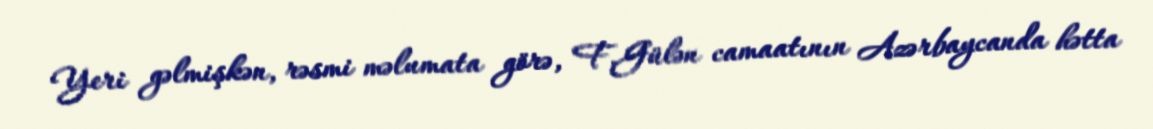
Yeri gəlmişkən, rəsmi məlumata görə, F.Gülən camaatının Azərbaycanda hətta